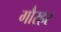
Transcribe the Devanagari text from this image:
गौरहर